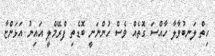
ހިތް ލަނބުވާލާ ހާއްސަ ގޮތެއް ވެސް ހުންނަނީ ބޮޑެތި ފްރޭމްލީ އައިނު އަޅަންޏާ